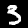
Digit: 3